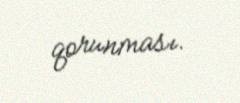
qorunması.